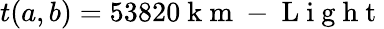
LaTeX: t(a,b)=53820\mathrm{~k~m~-~L~i~g~h~t~}